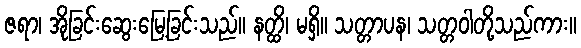
ဇရာ၊ အိုခြင်းဆွေးမြေ့ခြင်းသည်။ နတ္ထိ၊ မရှိ။ သတ္တာပန၊ သတ္တဝါတို့သည်ကား။